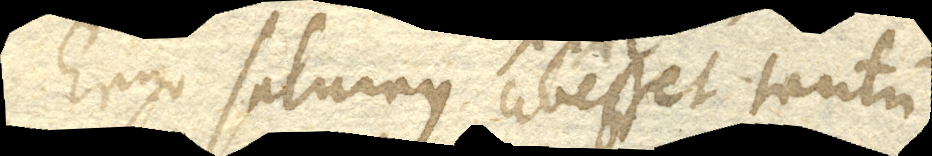
Ergo Saturnus abesset tantum